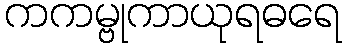
ကကမ္ဗုကာယုရဓရေ